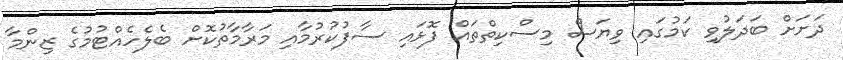
ދަށަށް ބަދަލުވި ކަމުގައި ވިޔަސް މިސްކިތްތައް ފޮޅައި ސާފުކުރުމާއި މަރާމާތުކޮށް ބެލެހެއްޓުމުގެ ޒިންމާ